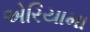
એરિયામા